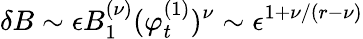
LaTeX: \delta B\sim\epsilon B_{1}^{(\nu)}(\varphi_{t}^{(1)})^{\nu}\sim\epsilon^{1+\nu/(r-\nu)}